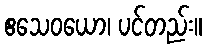
ဧသေဝယော၊ ပင်တည်း။